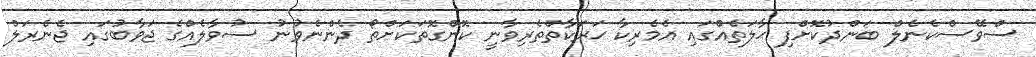
ސްވޭސްކެނެލް ބަންދުކޮށްފި ޙާލަތެއްގައި އެމެރިކާ ޙަރަކާތްތެރިވާނީ ކޮންގޮތަކަށްތޯ ދެންނެވުނު ސުވާލެއްގެ ޖަވާބުގައި ޖެނެރަލް